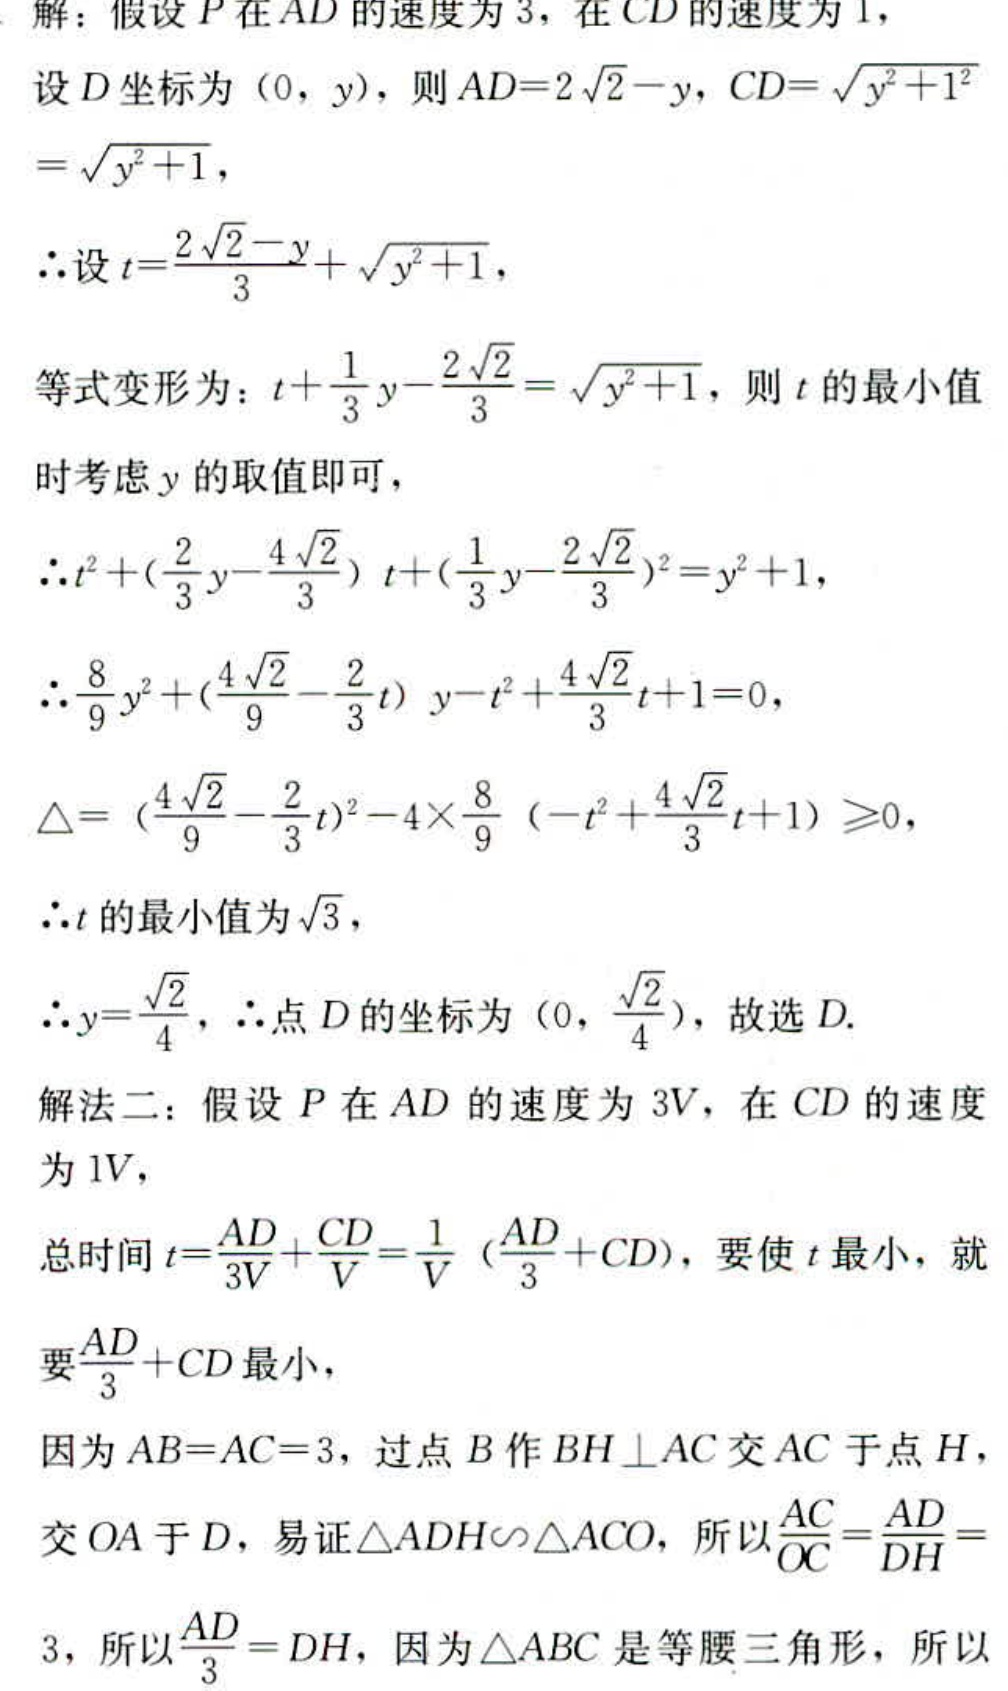
解：假设\(P\)在\(AD\)的速度为\(3\)，在\(CD\)的速度为\(1\)，
设\(D\)坐标为\((0,y)\)，则\(AD = 2\sqrt{2}-y\)，\(CD=\sqrt{y^{2}+1^{2}}=\sqrt{y^{2}+1}\)，
\(\therefore\)设\(t = \frac{2\sqrt{2}-y}{3}+\sqrt{y^{2}+1}\)，
等式变形为：\(t+\frac{1}{3}y - \frac{2\sqrt{2}}{3}=\sqrt{y^{2}+1}\)，则\(t\)的最小值时考虑\(y\)的取值即可，
\(\therefore t^{2}+(\frac{2}{3}y-\frac{4\sqrt{2}}{3})t + (\frac{1}{3}y - \frac{2\sqrt{2}}{3})^{2}=y^{2}+1\)，
\(\therefore \frac{8}{9}y^{2}+(\frac{4\sqrt{2}}{9}-\frac{2}{3}t)y - t^{2}+\frac{4\sqrt{2}}{3}t + 1 = 0\)，
\(\triangle = (\frac{4\sqrt{2}}{9}-\frac{2}{3}t)^{2}-4\times\frac{8}{9}(-t^{2}+\frac{4\sqrt{2}}{3}t + 1)\geq0\)，
\(\therefore t\)的最小值为\(\sqrt{3}\)，
\(\therefore y = \frac{\sqrt{2}}{4}\)，\(\therefore\)点\(D\)的坐标为\((0,\frac{\sqrt{2}}{4})\)，故选\(D\).
解法二：假设\(P\)在\(AD\)的速度为\(3V\)，在\(CD\)的速度为\(1V\)，
总时间\(t=\frac{AD}{3V}+\frac{CD}{V}=\frac{1}{V}(\frac{AD}{3}+CD)\)，要使\(t\)最小，就
要\(\frac{AD}{3}+CD\)最小，
因为\(AB = AC = 3\)，过点\(B\)作\(BH\perp AC\)交\(AC\)于点\(H\)，
交\(OA\)于\(D\)，易证\(\triangle ADH\sim\triangle ACO\)，所以\(\frac{AC}{OC}=\frac{AD}{DH}=3\)，所以\(\frac{AD}{3}=DH\)，因为\(\triangle ABC\)是等腰三角形，所以